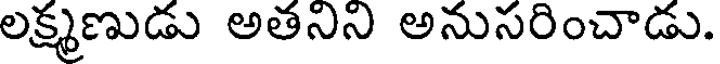
లక్ష్మణుడు అతనిని అనుసరించాడు.